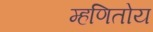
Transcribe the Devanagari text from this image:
म्हणितोय